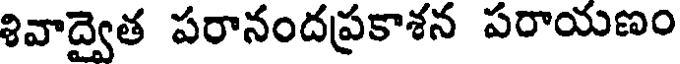
శివాద్వైత పరానందప్రకాశన పరాయణం